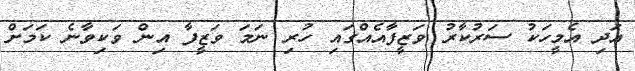
އަދި އެމީހަކު ސަރުކާރު ވަޒީފާއެއްގައި ހުރި ނަމަ ވަޒީފާ އިން ވަކިވާނެ ކަމަށް